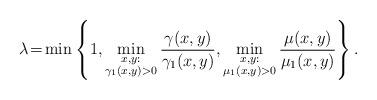
LaTeX: \begin{align*}\lambda\!=\!\min\left\{1, \min_{\substack{x,y:\\ \gamma_1(x,y)>0}}\frac{\gamma(x,y)}{\gamma_1(x,y)}, \min_{\substack{x,y:\\ \mu_1(x,y)>0}}\frac{\mu(x,y)}{\mu_1(x,y)}\right\}.\end{align*}